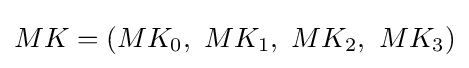
MK=(MK_{0},\ MK_{1},\ MK_{2},\ MK_{3})